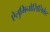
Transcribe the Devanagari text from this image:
ऐलुमिनोसिलिकेट